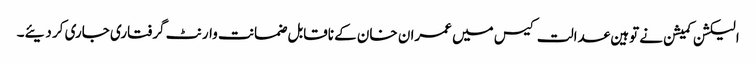
الیکشن کمیشن نے توہین عدالت کیس میں عمران خان کے ناقابل ضمانت وارنٹ گرفتاری جاری کر دیئے۔